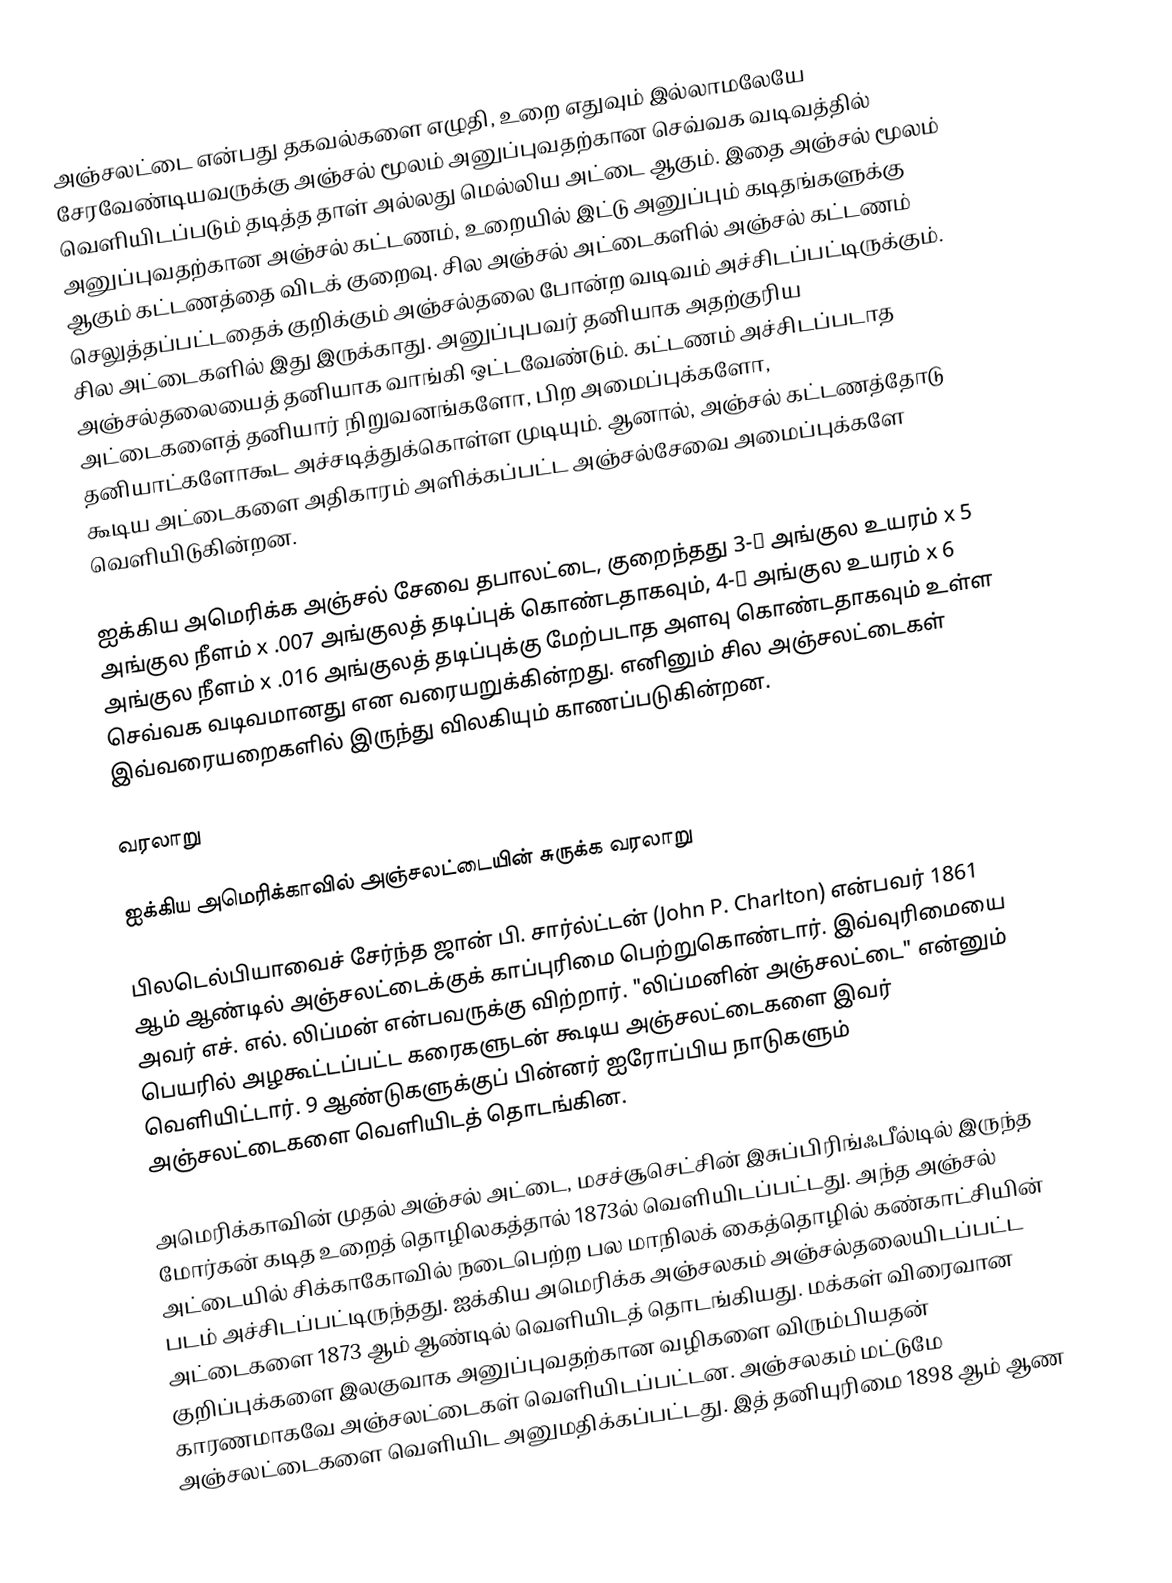
அஞ்சலட்டை என்பது தகவல்களை எழுதி, உறை எதுவும் இல்லாமலேயே சேரவேண்டியவருக்கு அஞ்சல் மூலம் அனுப்புவதற்கான செவ்வக வடிவத்தில் வெளியிடப்படும் தடித்த தாள் அல்லது மெல்லிய அட்டை ஆகும். இதை அஞ்சல் மூலம் அனுப்புவதற்கான அஞ்சல் கட்டணம், உறையில் இட்டு அனுப்பும் கடிதங்களுக்கு ஆகும் கட்டணத்தை விடக் குறைவு. சில அஞ்சல் அட்டைகளில் அஞ்சல் கட்டணம் செலுத்தப்பட்டதைக் குறிக்கும் அஞ்சல்தலை போன்ற வடிவம் அச்சிடப்பட்டிருக்கும். சில அட்டைகளில் இது இருக்காது. அனுப்புபவர் தனியாக அதற்குரிய அஞ்சல்தலையைத் தனியாக வாங்கி ஒட்டவேண்டும். கட்டணம் அச்சிடப்படாத அட்டைகளைத் தனியார் நிறுவனங்களோ, பிற அமைப்புக்களோ, தனியாட்களோகூட அச்சடித்துக்கொள்ள முடியும். ஆனால், அஞ்சல் கட்டணத்தோடு கூடிய அட்டைகளை அதிகாரம் அளிக்கப்பட்ட அஞ்சல்சேவை அமைப்புக்களே வெளியிடுகின்றன.

ஐக்கிய அமெரிக்க அஞ்சல் சேவை தபாலட்டை, குறைந்தது 3-½ அங்குல உயரம் x 5 அங்குல நீளம் x .007 அங்குலத் தடிப்புக் கொண்டதாகவும், 4-¼ அங்குல உயரம் x 6 அங்குல நீளம் x .016 அங்குலத் தடிப்புக்கு மேற்படாத அளவு கொண்டதாகவும் உள்ள செவ்வக வடிவமானது என வரையறுக்கின்றது. எனினும் சில அஞ்சலட்டைகள் இவ்வரையறைகளில் இருந்து விலகியும் காணப்படுகின்றன.

வரலாறு

ஐக்கிய அமெரிக்காவில் அஞ்சலட்டையின் சுருக்க வரலாறு

பிலடெல்பியாவைச் சேர்ந்த ஜான் பி. சார்ல்ட்டன் (John P. Charlton) என்பவர் 1861 ஆம் ஆண்டில் அஞ்சலட்டைக்குக் காப்புரிமை பெற்றுகொண்டார். இவ்வுரிமையை அவர் எச். எல். லிப்மன் என்பவருக்கு விற்றார். "லிப்மனின் அஞ்சலட்டை" என்னும் பெயரில் அழகூட்டப்பட்ட கரைகளுடன் கூடிய அஞ்சலட்டைகளை இவர் வெளியிட்டார். 9 ஆண்டுகளுக்குப் பின்னர் ஐரோப்பிய நாடுகளும் அஞ்சலட்டைகளை வெளியிடத் தொடங்கின.

அமெரிக்காவின் முதல் அஞ்சல் அட்டை, மசச்சூசெட்சின் இசுப்பிரிங்ஃபீல்டில் இருந்த மோர்கன் கடித உறைத் தொழிலகத்தால் 1873ல் வெளியிடப்பட்டது. அந்த அஞ்சல் அட்டையில் சிக்காகோவில் நடைபெற்ற பல மாநிலக் கைத்தொழில் கண்காட்சியின் படம் அச்சிடப்பட்டிருந்தது. ஐக்கிய அமெரிக்க அஞ்சலகம் அஞ்சல்தலையிடப்பட்ட அட்டைகளை 1873 ஆம் ஆண்டில் வெளியிடத் தொடங்கியது. மக்கள் விரைவான குறிப்புக்களை இலகுவாக அனுப்புவதற்கான வழிகளை விரும்பியதன் காரணமாகவே அஞ்சலட்டைகள் வெளியிடப்பட்டன. அஞ்சலகம் மட்டுமே அஞ்சலட்டைகளை வெளியிட அனுமதிக்கப்பட்டது. இத் தனியுரிமை 1898 ஆம் ஆண